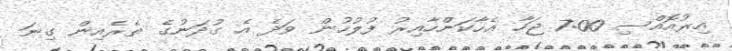
އިރުއޮއްސި 7:00 ޖަހާ އެހާކަންހާއިރު ފުލުހުން ވަދެ އެ ގުދަނުގެ ތެރެއިން ގިނަ